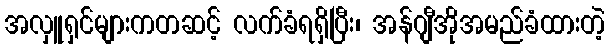
အလှူရှင်များကတဆင့် လက်ခံရရှိပြီး၊ အန်ဂျီအိုအမည်ခံထားတဲ့